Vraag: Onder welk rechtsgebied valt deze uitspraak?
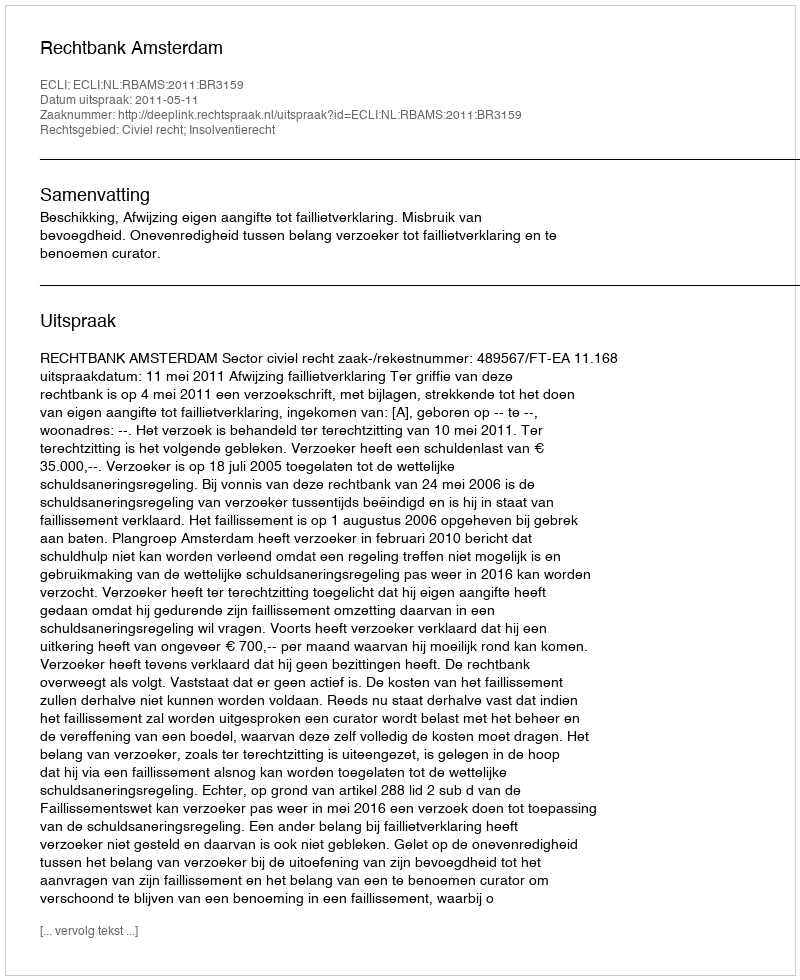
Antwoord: Civiel recht; Insolventierecht